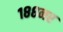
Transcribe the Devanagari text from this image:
१८८नर